NAE_ERA_R-1958_ENSV_Heliloojate_Liit, lk 74
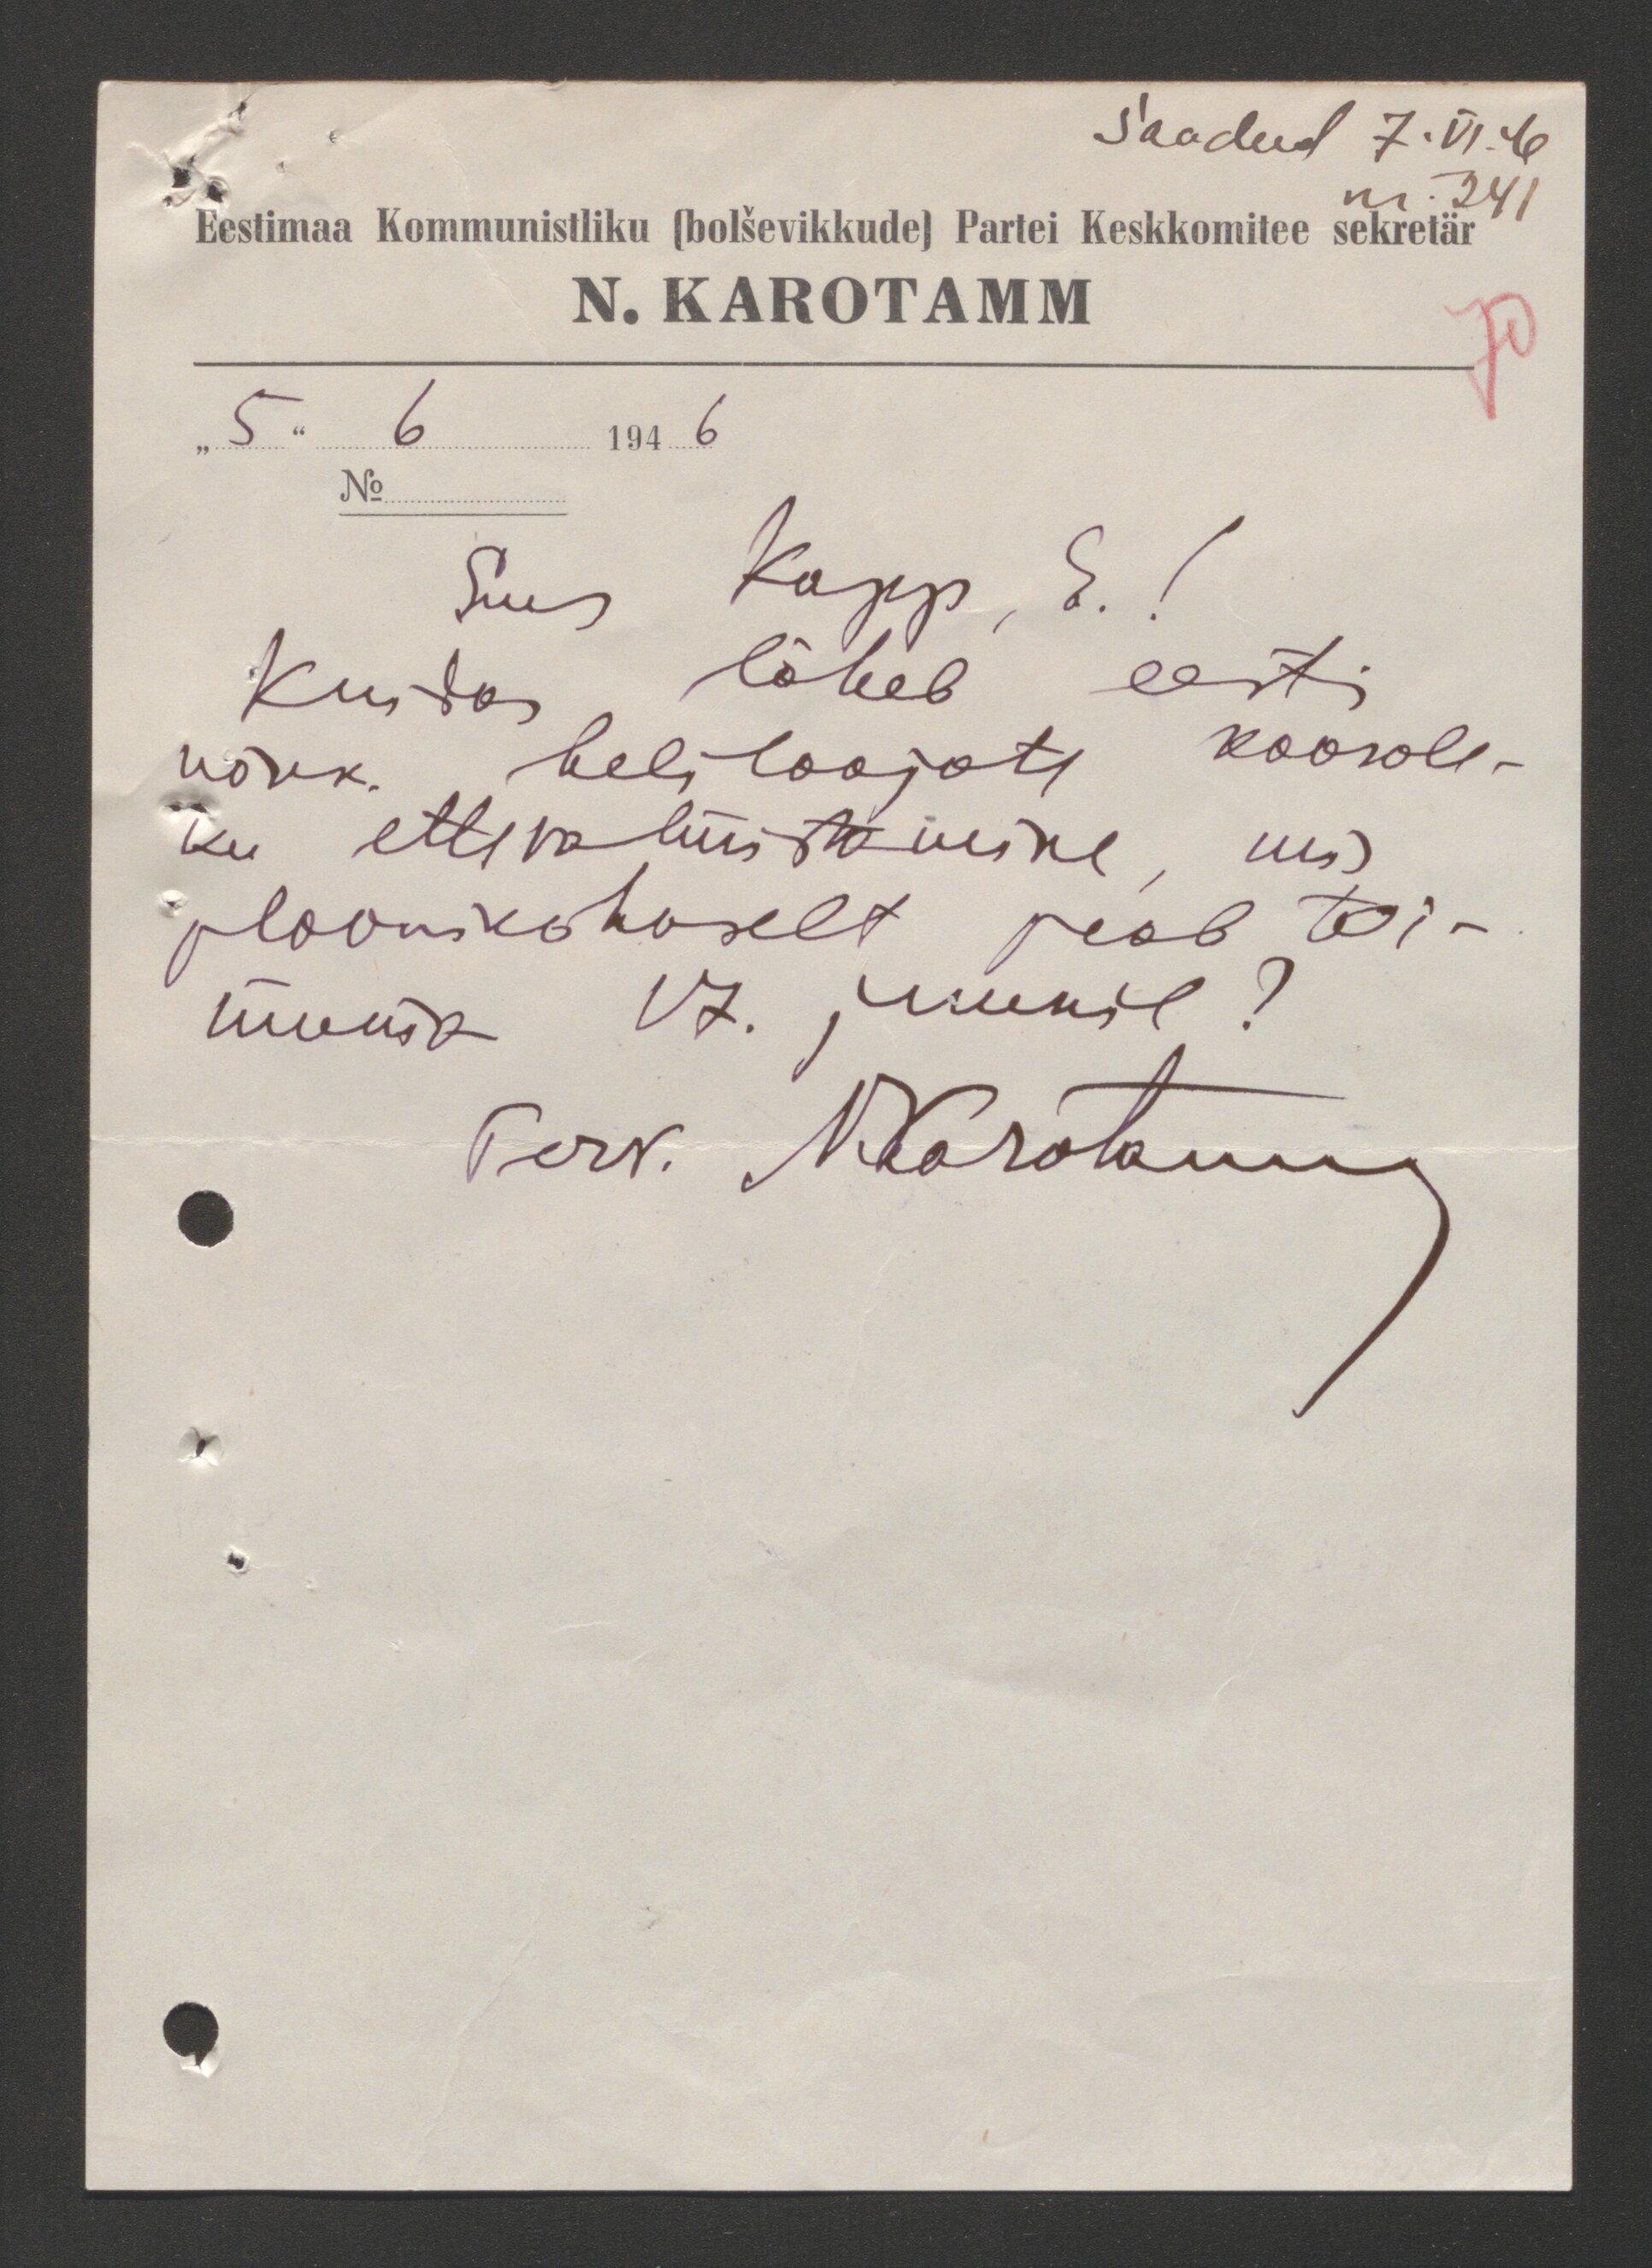
Saadud 7.VI.46
nr 241
Eestimaa Kommunistliku (bolševikkude) Partei Keskkomitee sekretär
N. KAROTAMM
70
"5" 6 1946
No
Sm Kapp, E. !
Kuidas läheb eesti
nõuk heliloojate koosole-
ku ettevalmistamine, mis
plaanikohoselt peab toi-
muma 17. juunil?
Terv. N. Karotamm